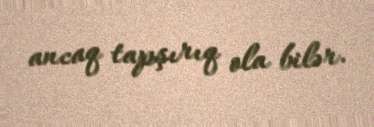
ancaq tapşırıq ola bilər.